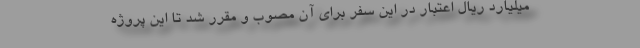
میلیارد ریال اعتبار در این سفر برای آن مصوب و مقرر شد تا این پروژه